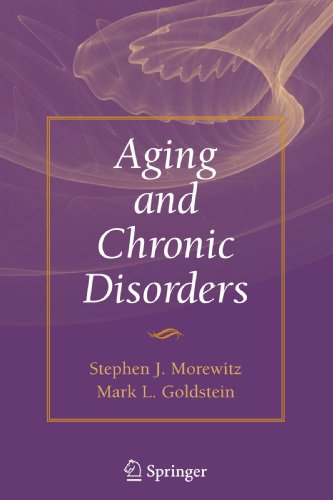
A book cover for Aging and Chronic Disorders; Stephen J. Morewitz; Medical Books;